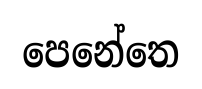
පෙනේතෙ